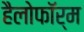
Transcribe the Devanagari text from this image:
हैलोफॉर्म